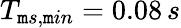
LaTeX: T_{\mathtt{m}s,\mathtt{m}in}=0.08\, s